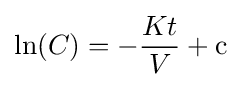
\ln(C)=-{\frac {Kt}{V}}+{\mbox{c}}